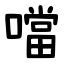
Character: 噹